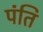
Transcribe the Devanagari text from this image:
पंति